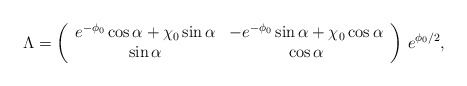
\begin{align*}\Lambda =\left(\begin{array}{cc} e^{-\phi_0} \cos \alpha + \chi_0 \sin \alpha & - e^{-\phi_0} \sin \alpha+ \chi_0 \cos \alpha\\\sin \alpha & \cos \alpha\end{array}\right)\,e^{\phi_0/2},\end{align*}